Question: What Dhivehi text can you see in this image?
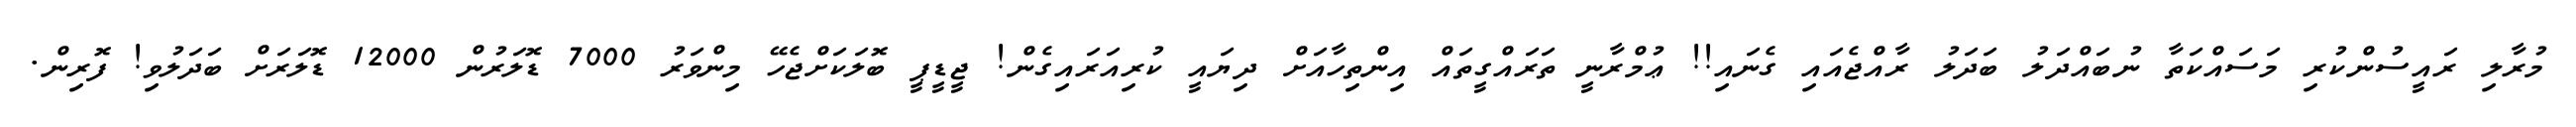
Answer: މުރާލި ރައީސުންކުރި މަސައްކަތާ ނުބައްދަލު ބަދަލު ރާއްޖެއައި ގެނައި!! ޢުމްރާނީ ތަރައްގީތައް އިންތިހާއަށް ދިޔައީ ކުރިއަރައިގެން! ޖީޑީޕީ ބޮލަކަށްޖެހޭ މިންވަރު 7000 ޑޮލަރުން 12000 ޑޮލަރަށް ބަދަލުވި! ފޮރިން.